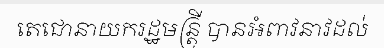
តេជោនាយករដ្ឋមន្ត្រី បានអំពាវនាវដល់